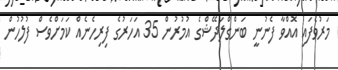
މަރުވެފައި އޮއްވާ ފެނުނީ ބަންގްލަދޭޝްގެ އުމުރުން 35 އަހަރުގެ ފިރިހެނެއް ކަމަށްވެސް ފުލުހުން